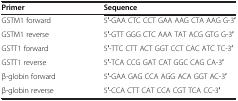
<table><thead><tr><td><b>Primer</b></td><td><b>Sequence</b></td></tr></thead><tbody><tr><td>GSTM1 forward</td><td>5′-GAA CTC CCT GAA AAG CTA AAG G-3′</td></tr><tr><td>GSTM1 reverse</td><td>5′-GTT GGG CTC AAA TAT ACG GTG G-3′</td></tr><tr><td>GSTT1 forward</td><td>5′-TTC CTT ACT GGT CCT CAC ATC TC-3′</td></tr><tr><td>GSTT1 reverse</td><td>5′-TCA CCG GAT CAT GGC CAG CA-3′</td></tr><tr><td>β-globin forward</td><td>5′-GAA GAG CCA AGG ACA GGT AC-3′</td></tr><tr><td>β-globin reverse</td><td>5′-CCA CTT CAT CCA CGT TCA CC-3′</td></tr></tbody></table>